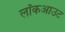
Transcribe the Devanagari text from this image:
लॉकआउट